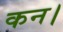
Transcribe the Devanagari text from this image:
कन।